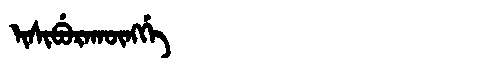
Manchu: ᡳᠰᡳᠪᡠᡵᠠᡴᡡᠩᡤᡝ
Romanization: ISIBURAKŪNGGE